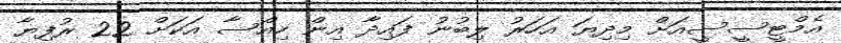
އެމްޓީސީސީއަށް މިދިޔަ އަހަރު ލިބުނު ފައިދާ އިން ހިއްސާ އަކަށް 22 ރުފިޔާ